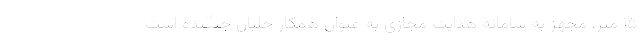
۱۵ متر، مجهز به سامانه هدایت مجازی به عنوان همکار خلبان جنگنده است